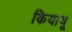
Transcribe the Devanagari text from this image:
कियायू